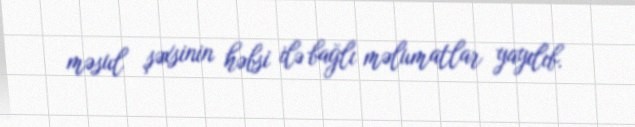
məsul şəxsinin həbsi ilə bağlı məlumatlar yayılıb.